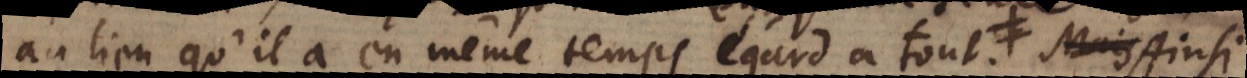
au lieu qu’il a en même temps égard à tout; c